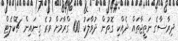
ދިރާސާގެ ނަތީޖާތައް ދެއްކި ގޮތުން ދުވާލަކު 100 ގްރާމަށް ވުރެ ގިނައިން ޗޮކްލެޓް